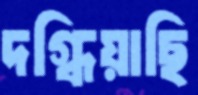
দগ্ধিয়াছি